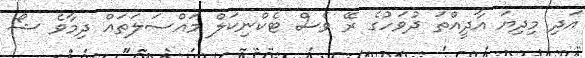
އަދި މިދިޔަ އާދީއްތަ ދުވަހުގެ ރޭ ވެސް ޓެކްނިކަލް މައްސަލަތައް ދިމާވެ ޝޯ